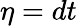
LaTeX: \eta=dt